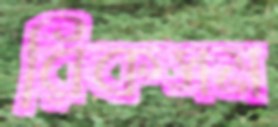
রিকসম